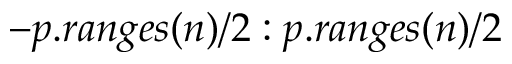
- p . r a n g e s ( n ) / 2 : p . r a n g e s ( n ) / 2